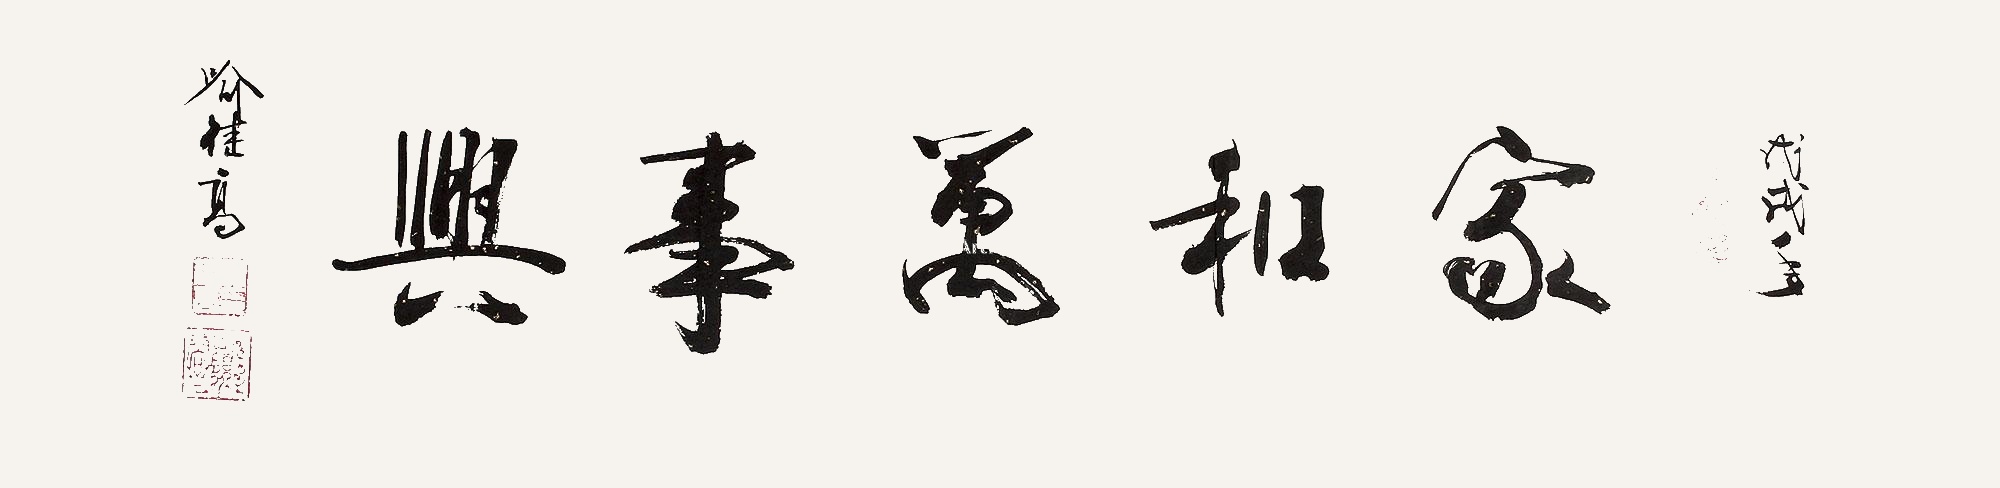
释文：家和万事兴戊戌年，喩继高。